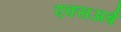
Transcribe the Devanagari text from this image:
एक्सअर्ब